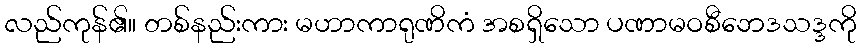
လည်ကုန်၏။ တစ်နည်းကား မဟာကာရုဏိကံ အစရှိသော ပဏာမဝစီဘေဒသဒ္ဒကို